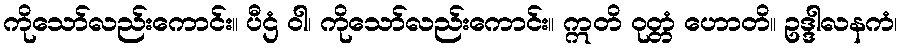
ကိုသော်လည်းကောင်း။ ပီဌံ ဝါ၊ ကိုသော်လည်းကောင်း။ ဣတိ ဝုတ္တံ ဟောတိ။ ဥဒ္ဒါလနကံ၊